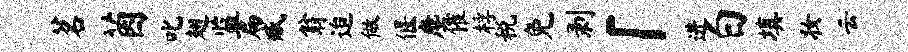
茗茵叱翅监扁臧翁迨做偃麈催桴税免剥「进白填妆云